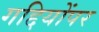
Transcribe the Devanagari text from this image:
गद्दियोंपर